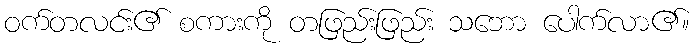
ဝက်တလင်း၏ စကားကို တဖြည်းဖြည်း သဘော ပေါက်လာ၏။